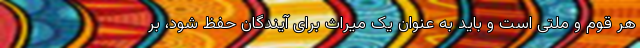
هر قوم و ملتی است و باید به عنوان یک میراث برای آیندگان حفظ شود، بر